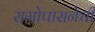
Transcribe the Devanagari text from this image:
रामोपासनेची